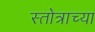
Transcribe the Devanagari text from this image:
स्तोत्राच्या